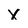
Character: X